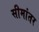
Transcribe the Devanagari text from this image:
सीमांतर